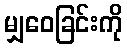
မျှဝေခြင်းကို